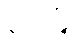
လေးဖြူ